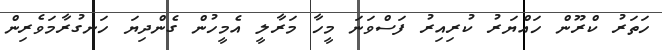
ހަތަރު ކްރޫން ހައްޔަރު ކުރިއިރު ފަސްވަނަ މީހާ މަރާލީ އެމީހުން ގެންދިޔަ ހަނގުރާމަވެރިން